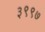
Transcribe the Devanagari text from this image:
३९९७